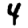
Digit: 4